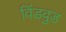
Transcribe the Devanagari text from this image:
विंडवुड